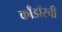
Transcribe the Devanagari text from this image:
काँडॉरची